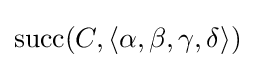
\operatorname {succ} (C,\langle \alpha ,\beta ,\gamma ,\delta \rangle )